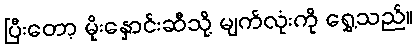
ပြီးတော့ မိုးနှောင်းဆီသို့ မျက်လုံးကို ရွှေ့သည်။